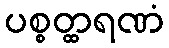
ပစ္စတ္ထရဏံ